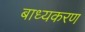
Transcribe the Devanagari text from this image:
बाध्यकरण